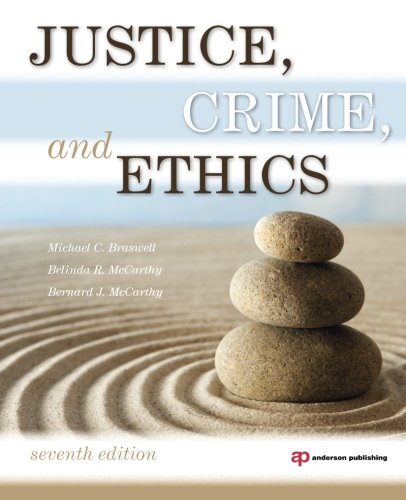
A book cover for Justice, Crime, and Ethics; Michael C. Braswell; Law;